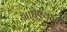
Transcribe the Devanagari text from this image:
भाषेऐवजी